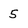
Character: 5